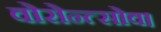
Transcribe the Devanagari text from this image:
वोरोन्त्सोव।